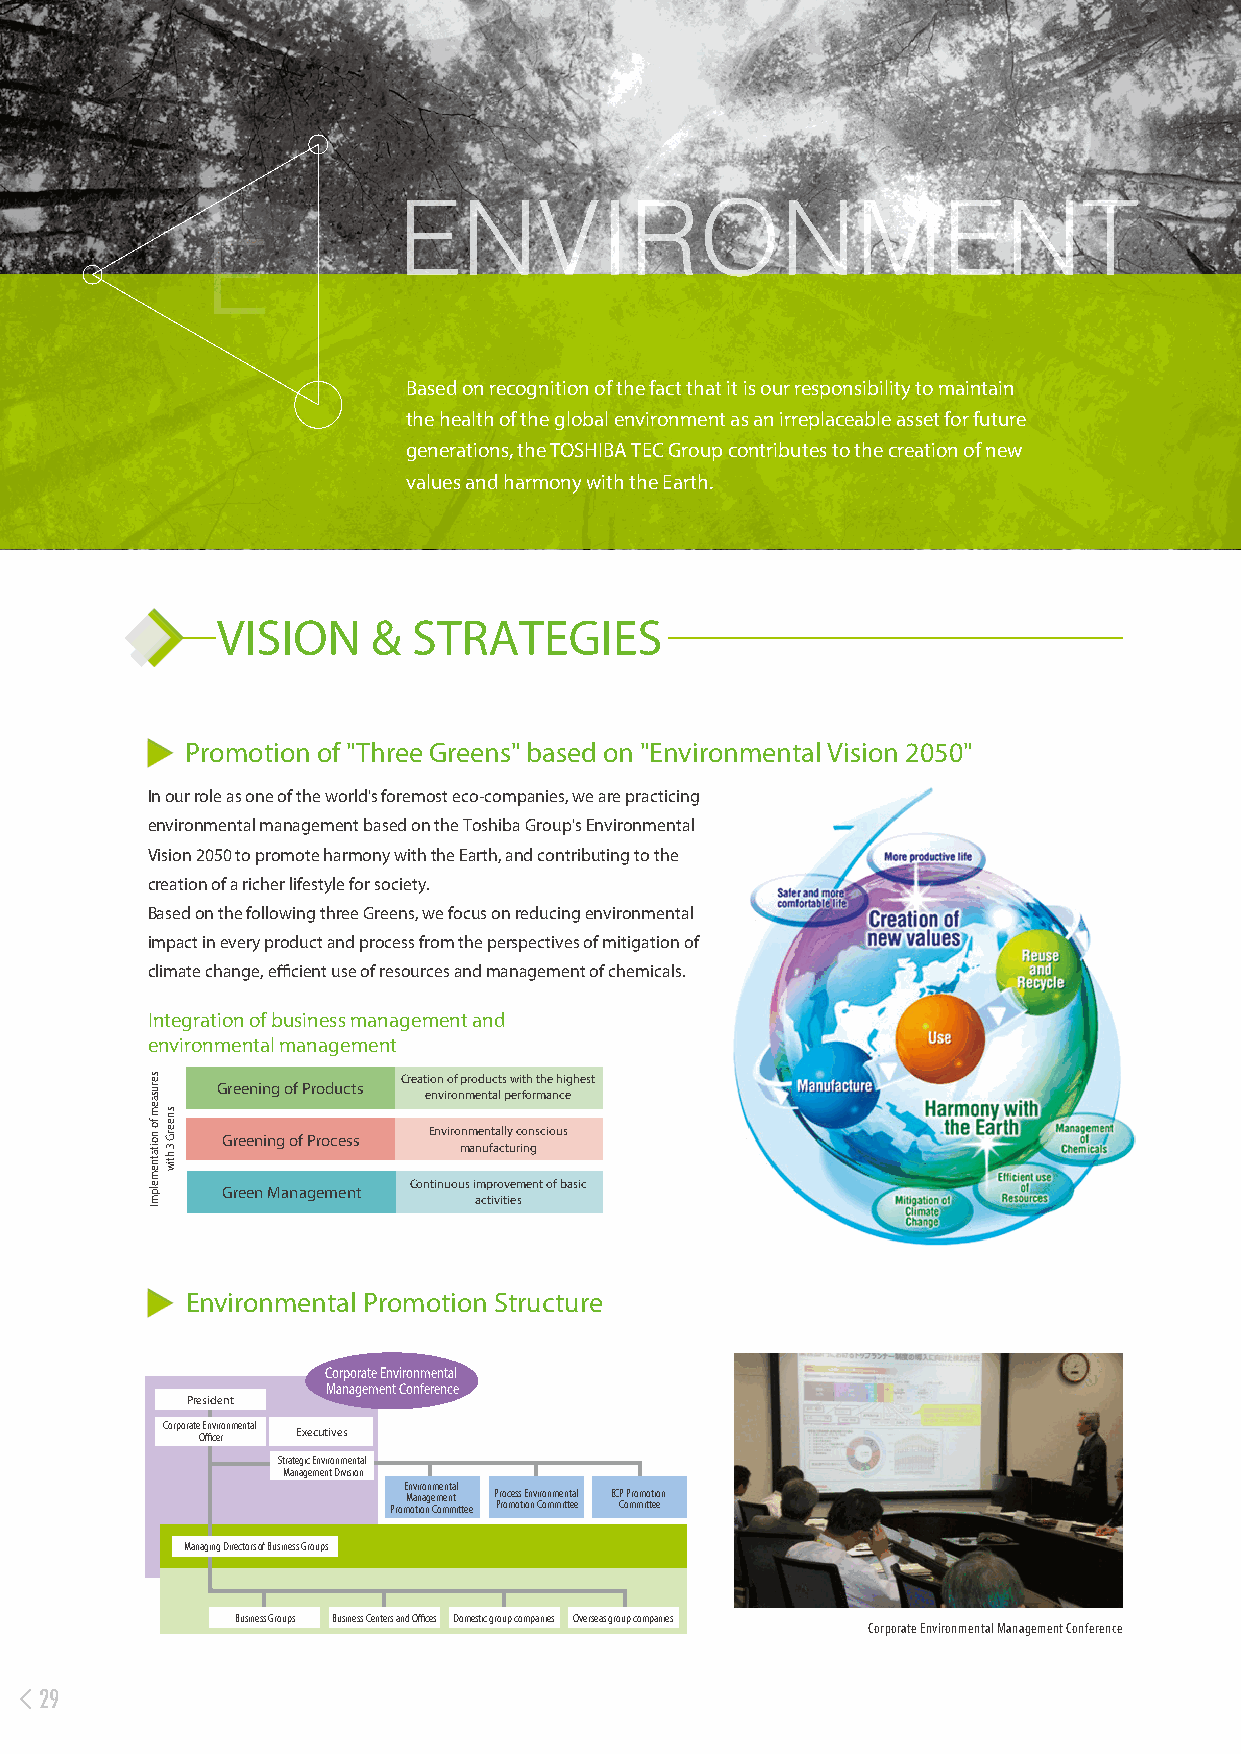
ENVIRONMENT
 E
 Based on recognition of the fact that it is our responsibility to maintain
 the health of the global environment as an irreplaceable asset for future
 generations, the TOSHIBA TEC Group contributes to the creation of new
 values and harmony with the Earth.
 VISION     & STRATEGIES
 Promotion of "Three Greens" based on "Environmental Vision 2050"
 In our role as one of the world's foremost eco-companies, we are practicing
 environmental management based on the Toshiba Group's Environmental
 Vision 2050 to promote harmony with the Earth, and contributing to the
 creation of a richer lifestyle for society.
 Based on the following three Greens, we focus on reducing environmental
 impact in every product and process from the perspectives of mitigation of
 climate change, efficient use of resources and management of chemicals.
 Integration of business management and
 environmental management
 Creation of products with the highest
 Greening of Products
 environmental performance
 Environmentally conscious Greening of Process
 manufacturing
 Continuous improvement of basic
 Green Management
 activities
 Environmental Promotion Structure
 Corporate Environmental
 Management Conference
 President
 Corporate Environmental
 Officer Executives
 Strategic Environmental
 Management Division
 Environmental
 Management Process Environmental ECP Promotion
 Promotion Committee Promotion Committee Committee
 Managing Directors of Business Groups
 Business Groups Business Centers and Offices Domestic group companies Overseas group companies
 Corporate Environmental Management Conference
 29
 Environmental Management Audit
 Audits the corporate-wide overall environmental management.
 Environmental Audit of Sites Environmental Technology Audit
 of Products
 Regarding manufacturing and non-manufacturing sites,
 audits the overall environmental management, Regarding products at business groups and group
 progress of the action plan, status of the environmental companies, audits the progress of the action plan,
 compliance and facility management. EMS and results of environmental technology activities.
 Aims at improvement in the environmental management level and reduction of environmental risks.
 serusaem
 fo
 noitatnemelpmI
 sneerG
 3
 htiw